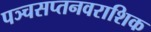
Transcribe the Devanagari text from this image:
पञ्चसप्तनवराशिक